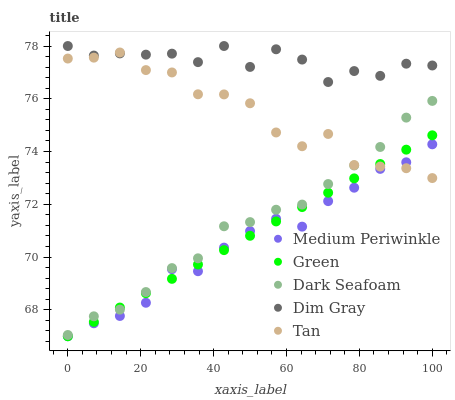
| xaxis_label | Medium Periwinkle | Green | Dark Seafoam | Dim Gray | Tan |
 | --- | --- | --- | --- | --- | --- |
 | 0 | 67 | 67 | 67 | 78 | 77.5 |
 | 7.14 | 67.5 | 67.5 | 67.8 | 77.6 | 77.6 |
 | 14.3 | 67.8 | 68.1 | 68 | 77.7 | 77.8 |
 | 21.4 | 68.3 | 68.6 | 68.7 | 77.7 | 77.1 |
 | 28.6 | 69.5 | 69.2 | 69.6 | 77.7 | 77 |
 | 35.7 | 69.5 | 69.7 | 70 | 77.4 | 76.2 |
 | 42.9 | 70.4 | 70.3 | 71.2 | 78 | 76.2 |
 | 50 | 71 | 70.8 | 71.3 | 77.2 | 75.8 |
 | 57.1 | 71.5 | 71.4 | 71.8 | 77.9 | 74.7 |
 | 64.3 | 71.2 | 71.9 | 72 | 77.5 | 74.2 |
 | 71.4 | 72.1 | 72.4 | 72.8 | 76.6 | 74.7 |
 | 78.6 | 72.6 | 73 | 73.5 | 77.1 | 73.5 |
 | 85.7 | 73.3 | 73.5 | 74.2 | 76.9 | 73.4 |
 | 92.9 | 73.6 | 74.1 | 75.3 | 77.3 | 73.4 |
 | 100 | 74.3 | 74.6 | 75.9 | 77.3 | 73 |